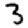
Digit: 3